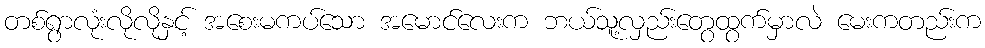
တစ်ရွာလုံးလိုလိုနှင့် အစေးမကပ်သော အမောင်လေးက ဘယ်သူ့လှည်းတွေထွက်မှာလဲ မေးကတည်းက